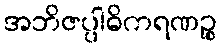
အဘိဇပ္ပါဓိကရဏဉ္စ